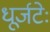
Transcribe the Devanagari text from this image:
धूर्जटेः